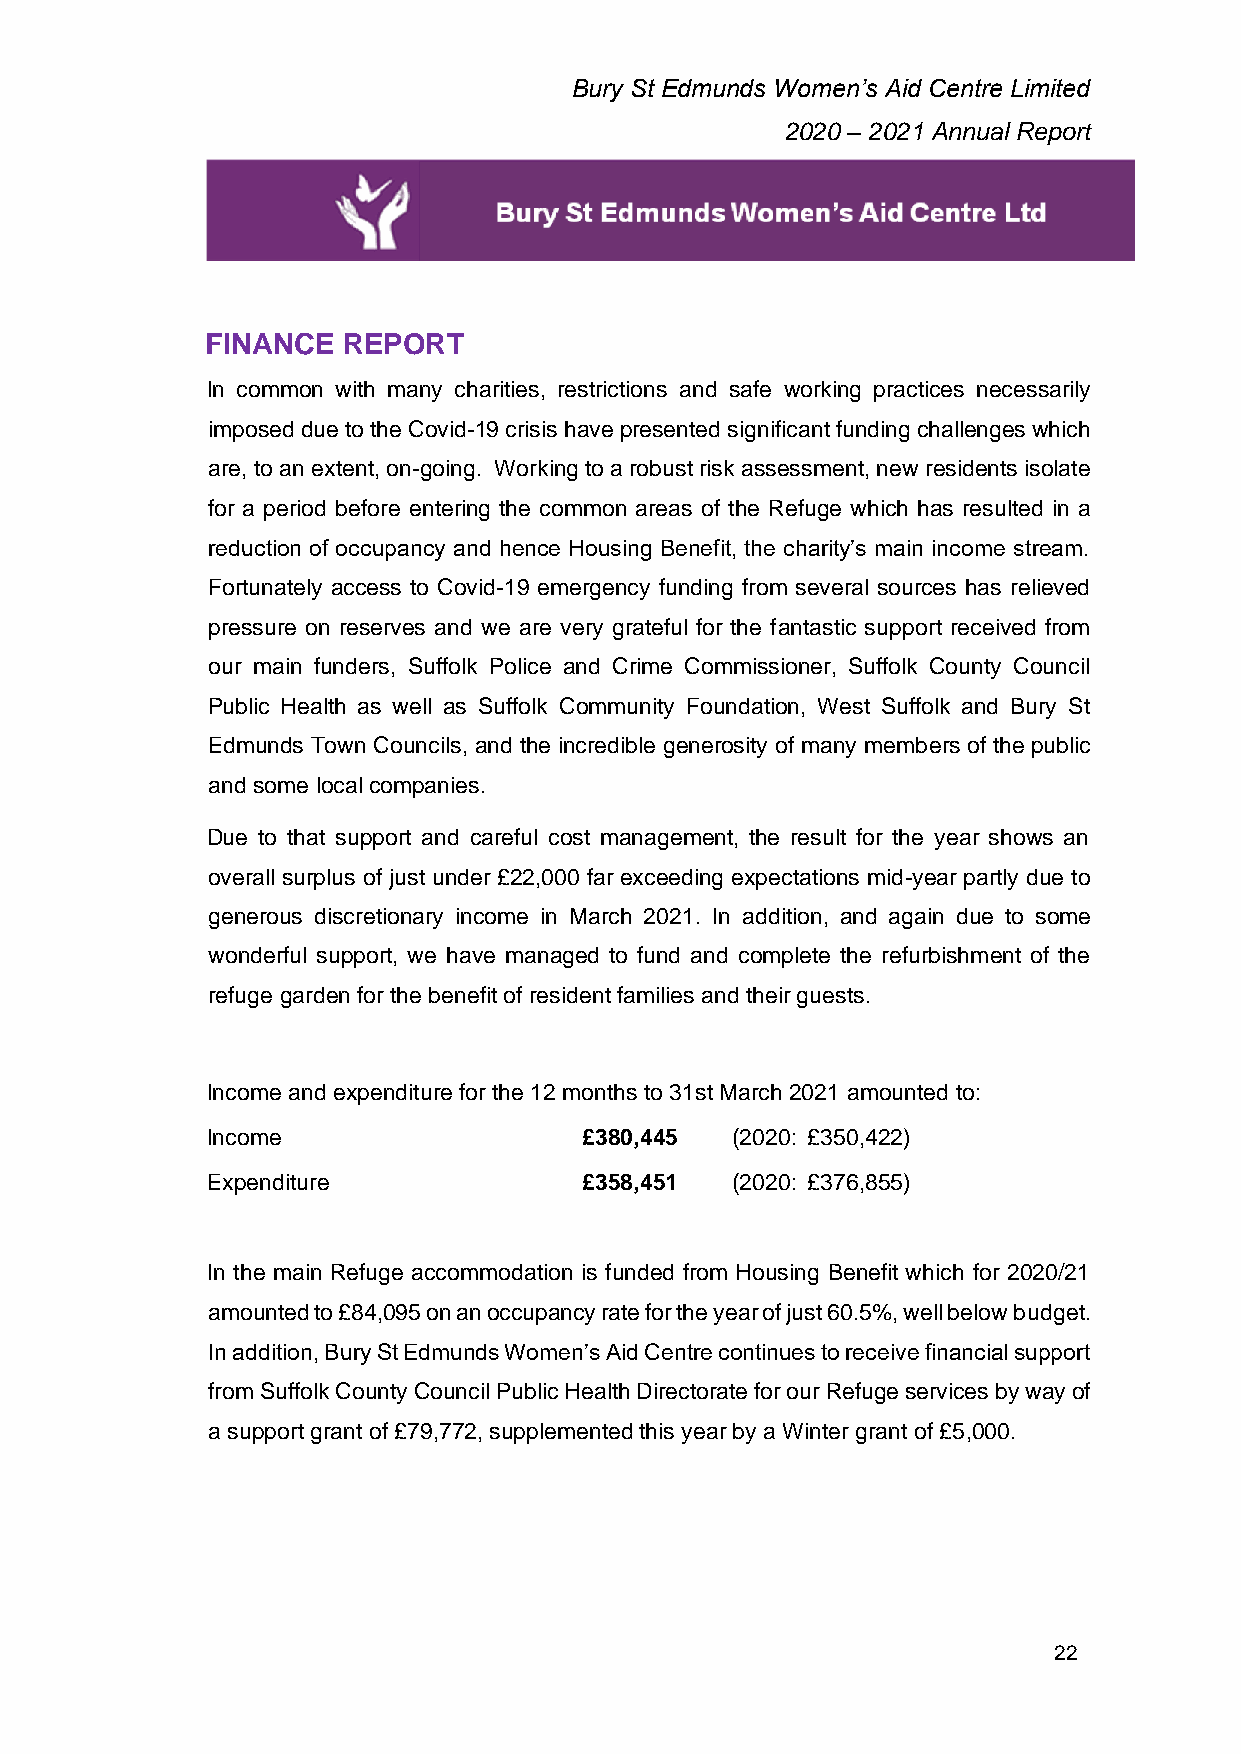
Bury St Edmunds Women’s Aid Centre Limited
 2020 – 2021 Annual Report
 FINANCE  REPORT
 In common with many charities, restrictions and safe working practices necessarily
 imposed due to the Covid-19 crisis have presented significant funding challenges which
 are, to an extent, on-going. Working to a robust risk assessment, new residents isolate
 for a period before entering the common areas of the Refuge which has resulted in a
 reduction of occupancy and hence Housing Benefit, the charity’s main income stream.
 Fortunately access to Covid-19 emergency funding from several sources has relieved
 pressure on reserves and we are very grateful for the fantastic support received from
 our main funders, Suffolk Police and Crime Commissioner, Suffolk County Council
 Public Health as well as Suffolk Community Foundation, West Suffolk and Bury St
 Edmunds Town Councils, and the incredible generosity of many members of the public
 and some local companies.
 Due to that support and careful cost management, the result for the year shows an
 overall surplus of just under £22,000 far exceeding expectations mid-year partly due to
 generous discretionary income in March 2021. In addition, and again due to some
 wonderful support, we have managed to fund and complete the refurbishment of the
 refuge garden for the benefit of resident families and their guests.
 Income and expenditure for the 12 months to 31st March 2021 amounted to:
 Income                   £380,445 (2020: £350,422)
 Expenditure              £358,451 (2020: £376,855)
 In the main Refuge accommodation is funded from Housing Benefit which for 2020/21
 amounted to £84,095 on an occupancy rate for the year of just 60.5%, well below budget.
 In addition, Bury St Edmunds Women’s Aid Centre continues to receive financial support
 from Suffolk County Council Public Health Directorate for our Refuge services by way of
 a support grant of £79,772, supplemented this year by a Winter grant of £5,000.
 22